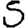
Digit: 5